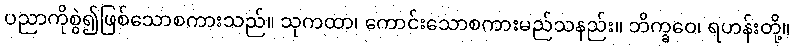
ပညာကိုစွဲ၍ဖြစ်သောစကားသည်။ သုကထာ၊ ကောင်းသောစကားမည်သနည်း။ ဘိက္ခဝေ၊ ရဟန်းတို့။